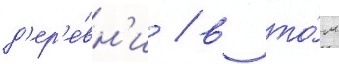
д'ер'е́вн'и / в то́м